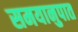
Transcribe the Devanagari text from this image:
समयानुपात